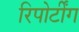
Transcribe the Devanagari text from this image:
रिपोर्टींग